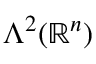
\Lambda ^ { 2 } ( \mathbb { R } ^ { n } )